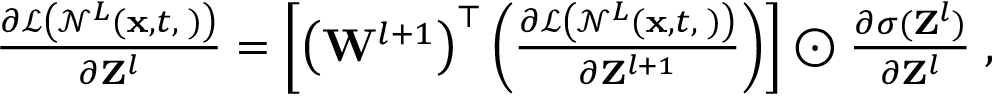
\begin{array} { r } { \frac { \partial \mathcal { L } \left( \mathcal { N } ^ { L } ( { \bf x } , t , { \bf \phi } ) \right) } { \partial { \bf Z } ^ { l } } = \left[ \left( { \bf W } ^ { l + 1 } \right) ^ { \top } \left( \frac { \partial \mathcal { L } \left( \mathcal { N } ^ { L } ( { \bf x } , t , { \bf \phi } ) \right) } { \partial { \bf Z } ^ { l + 1 } } \right) \right] \odot \frac { \partial \sigma ( { \bf Z } ^ { l } ) } { \partial { \bf Z } ^ { l } } \; , } \end{array}